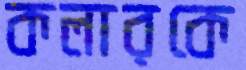
কলারকে